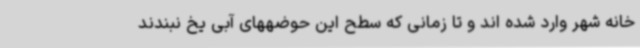
خانه شهر وارد شده اند و تا زمانی که سطح این حوضههای آبی یخ نبندند